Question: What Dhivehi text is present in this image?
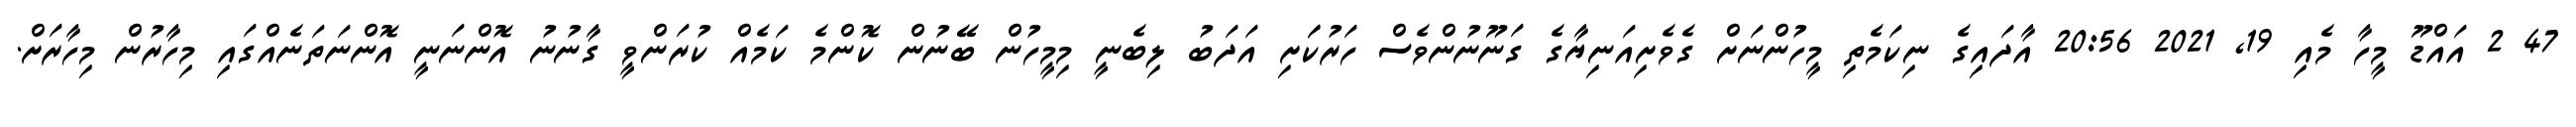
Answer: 47 2 އައްޑޫ މީހާ މެއި 19, 2021 20:56 އާދައިގެ ނިކަމެތި މީހުންނަށް ގެވެށިއަނިޔާގެ ގަނޫނުންވެސް ހަރުކަަށި އަދަބު ލިބެނީ މިމީހުން ބޭނުން ކޮންމެ ކަމެއް ކުރަންވީ ގާނުނު އޮންނަނީ އޮންނަތަނެއްގައި މިހާރުން މިހާރަށް.